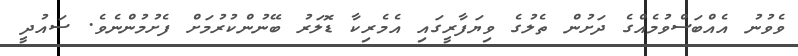
ވެވުނު އެއްބަސްވުމެއްގެ ދަށުން ތެލުގެ ވިޔަފާރީގައި އެމެރިކާ ޑޮލަރު ބޭނުންކުރުމަށް ފެށުމުންނެވެ. ސައުދީ